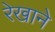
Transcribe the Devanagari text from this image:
रेखाने